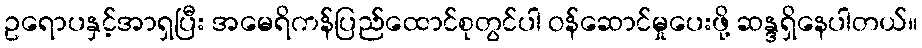
ဥရောပနှင့်အာရှပြီး အမေရိကန်ပြည်ထောင်စုတွင်ပါ ဝန်ဆောင်မှုပေးဖို့ ဆန္ဒရှိနေပါတယ်။